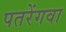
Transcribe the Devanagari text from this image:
पतरेंगवा